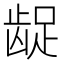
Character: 龊